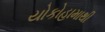
યોકોહામાથી